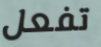
تفعل